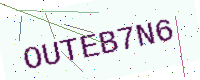
Text: OUTEB7N6